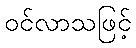
ဝင်လာသဖြင့်